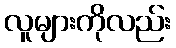
လူများကိုလည်း